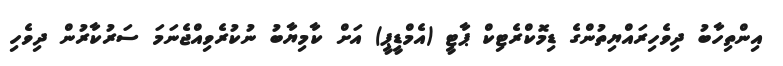
އިންތިހާބު ދިވެހިރައްޔިތުންގެ ޑިމޮކްރެޓިކް ޕާޓީ (އެމްޑީޕީ) އަށް ކާމިޔާބު ނުކުރެވިއްޖެނަމަ ސަރުކާރުން ދިވެހި